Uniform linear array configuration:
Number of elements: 24
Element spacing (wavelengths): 0.5
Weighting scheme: binomial
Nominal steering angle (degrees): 0
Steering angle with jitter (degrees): -1.456
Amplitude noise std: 0.05
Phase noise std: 0.05

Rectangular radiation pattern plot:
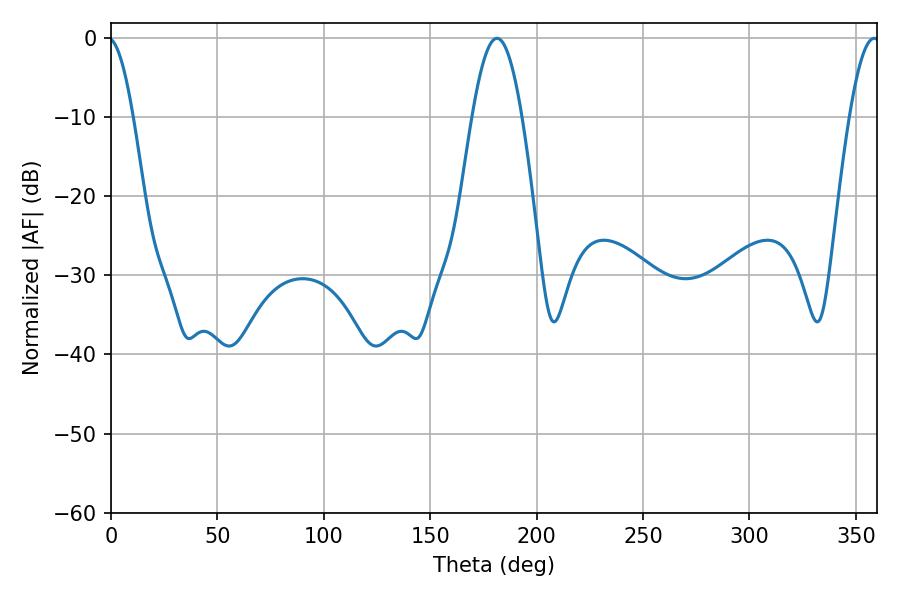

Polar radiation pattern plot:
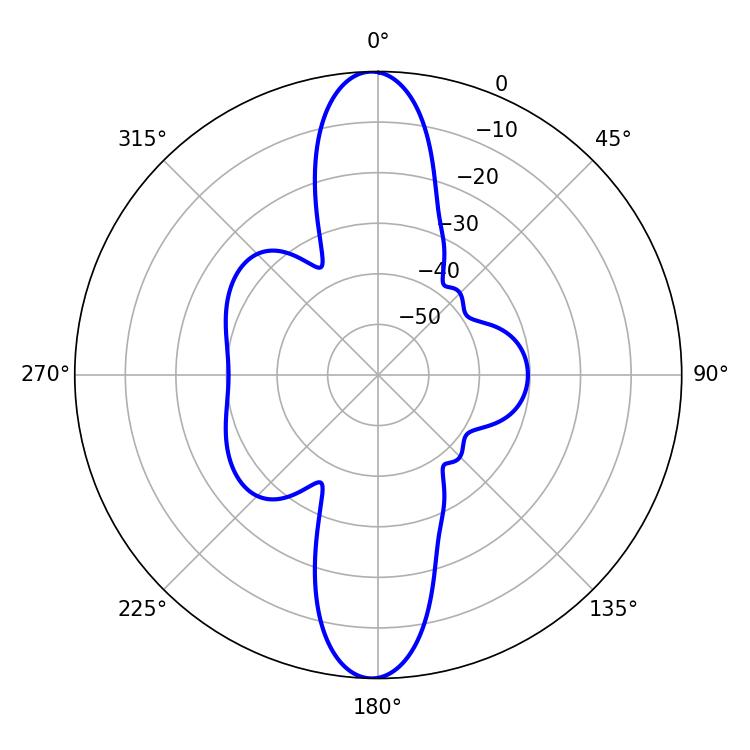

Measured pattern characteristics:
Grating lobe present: FALSE
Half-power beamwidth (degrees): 7.74
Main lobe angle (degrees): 358.56